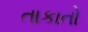
તાકાતો